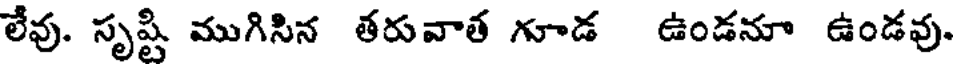
లేవు. సృష్టి ముగిసిన తరువాత గూడ ఉండనూ ఉండవు.